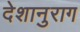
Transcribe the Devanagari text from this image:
देशानुराग